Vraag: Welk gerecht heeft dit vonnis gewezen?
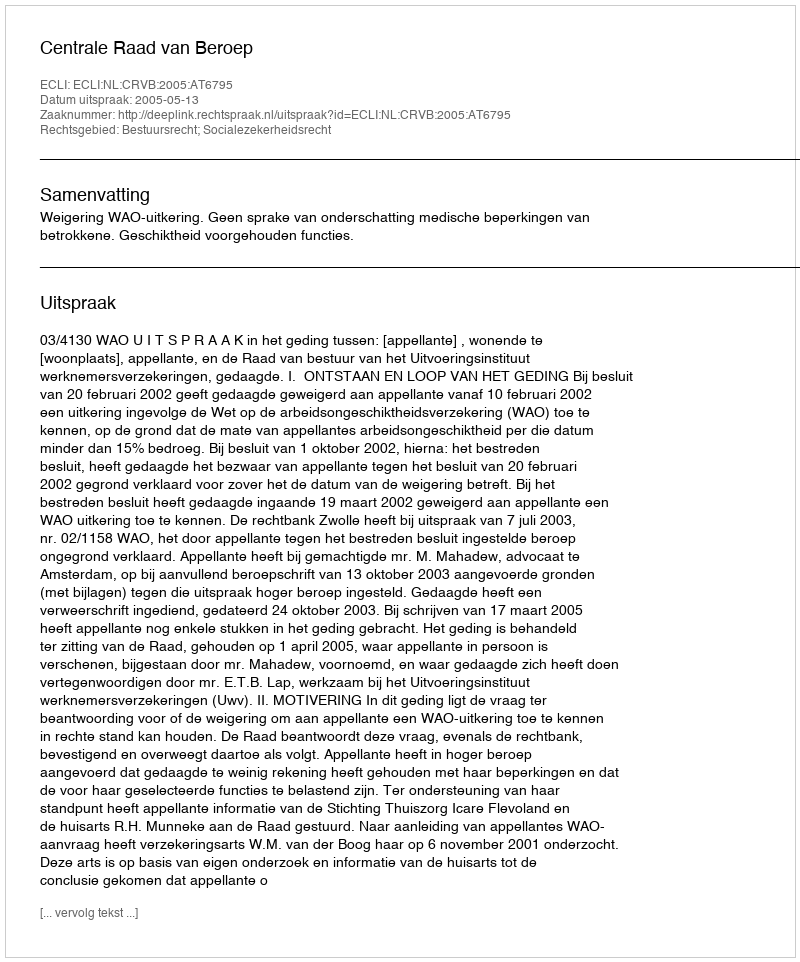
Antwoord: Centrale Raad van Beroep